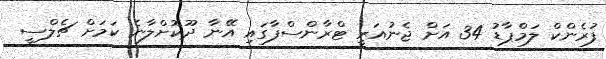
ފުރެންކް ލަމްޕާޑު 34 އަށް ޖެނުއަރީ ޓްރާންސްފާގައި އޭނާ ދޫކޮށްލާނެ ކަމަށް ޗެލްސީ